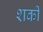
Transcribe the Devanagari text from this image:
शकी